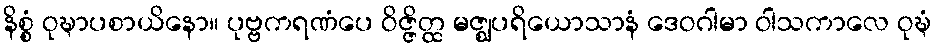
နိစ္စံ ဝုဍ္ဎာပစာယိနော။ ပုဗ္ဗကရဏံပေ ဝိဇ္ဇိတ္ထ မဇ္ဈပရိယောသာနံ ဒေဝဂါမာ ဝါသကာလေ ဝုဍ္ဎံ